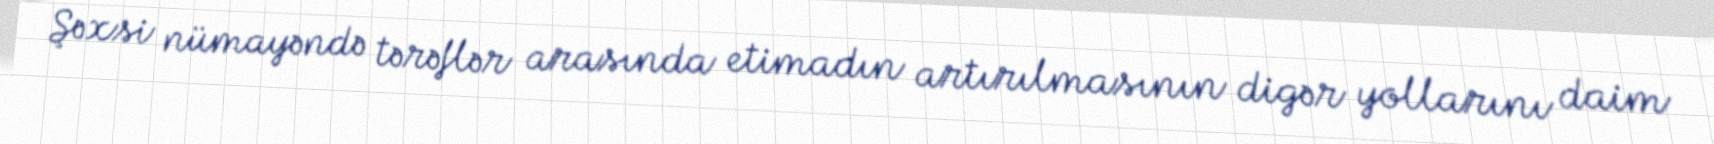
Şəxsi nümayəndə tərəflər arasında etimadın artırılmasının digər yollarını daim